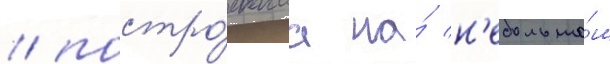
/ постро́еннаа на́ н'ебольшо́м